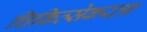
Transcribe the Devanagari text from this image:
चिकित्सेकरता